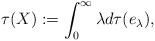
LaTeX: \begin{align*}\tau(X) := \int_{0}^{\infty} \lambda d \tau(e_{\lambda}),\end{align*}